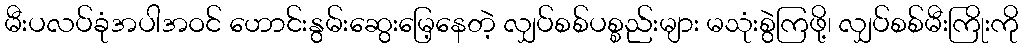
မီးပလပ်ခုံအပါအဝင် ဟောင်းနွမ်းဆွေးမြေ့နေတဲ့ လျှပ်စစ်ပစ္စည်းများ မသုံးစွဲကြဖို့၊ လျှပ်စစ်မီးကြိုးကို